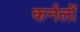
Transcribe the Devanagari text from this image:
कर्नलों